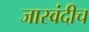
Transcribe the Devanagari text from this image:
जास्वंदीच